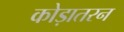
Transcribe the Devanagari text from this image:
कोड़ातरन